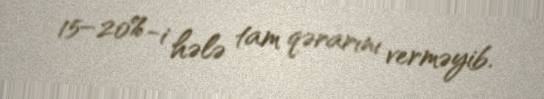
15–20%-i hələ tam qərarını verməyib.